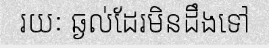
រយៈ ឆ្ងល់ដែរមិនដឹងទៅ